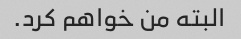
البته من خواهم کرد.